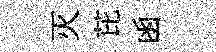
灭芘函